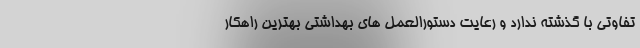
تفاوتی با گذشته ندارد و رعایت دستورالعمل های بهداشتی بهترین راهکار